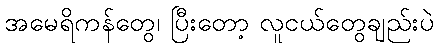
အမေရိကန်တွေ၊ ပြီးတော့ လူငယ်တွေချည်းပဲ